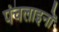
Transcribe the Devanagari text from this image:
पंचलाइनों